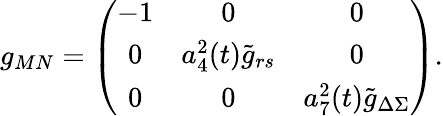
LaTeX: g_{MN}=\left(\begin{array}{ccc}{{-1}}&{{0}}&{{0}}\\ {{0}}&{{a_{4}^{2}(t){\tilde{g}}_{rs}}}&{{0}}\\ {{0}}&{{0}}&{{a_{7}^{2}(t){\tilde{g}}_{\Delta\Sigma}}}\end{array}\right).